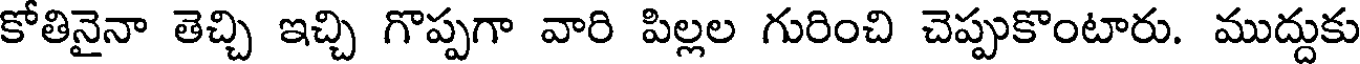
కోతినైనా తెచ్చి ఇచ్చి గొప్పగా వారి పిల్లల గురించి చెప్పుకొంటారు. ముద్దుకు